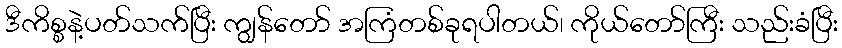
ဒီကိစ္စနဲ့ပတ်သက်ပြီး ကျွန်တော် အကြံတစ်ခုရပါတယ်၊ ကိုယ်တော်ကြီး သည်းခံပြီး